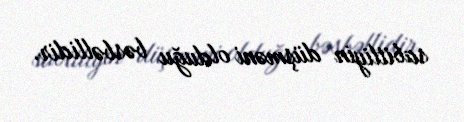
sabitliyin düşməni olduğu bəsbəllidir.